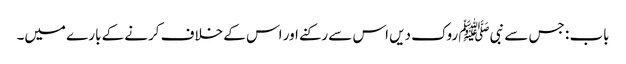
باب : جس سے نبیﷺ روک دیں اس سے رکنے اور اس کے خلاف کرنے کے بارے میں۔